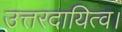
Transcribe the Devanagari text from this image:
उत्तरदायित्व।